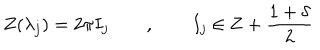
Z ( \lambda _ { j } ) = 2 \pi I _ { j } \qquad , \qquad I _ { j } \in \mathbf { Z } + \frac { 1 + \delta } { 2 }